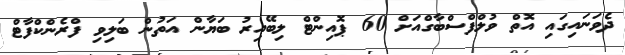
ދެވަނައިގައި އޮތް ވުލްފްސްބާގްއަށް 60 ޕޮއިންޓް ލިބޭއިރު ބަޔާން އަތުން ބަލިވި ފްރެންކްފާޓް